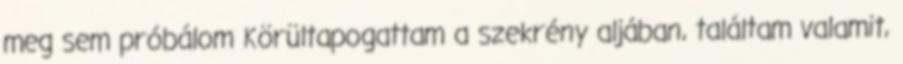
meg sem próbálom Körültapogattam a szekrény aljában, találtam valamit,